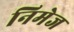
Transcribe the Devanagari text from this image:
निमेज